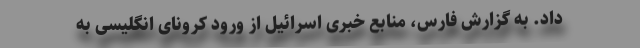
داد. به گزارش فارس، منابع خبری اسرائیل از ورود کرونای انگلیسی به